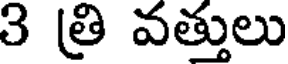
3 త్రి వత్తులు